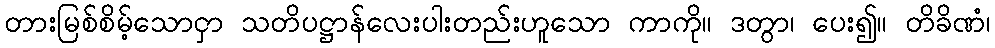
တားမြစ်စိမ့်သောငှာ သတိပဋ္ဌာန်လေးပါးတည်းဟူသော ကာကို။ ဒတွာ၊ ပေး၍။ တိခိဏံ၊